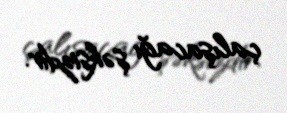
çalışacağı şəksizdir.